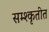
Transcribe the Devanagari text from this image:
सम्श्कृतीत